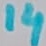
Text: 14